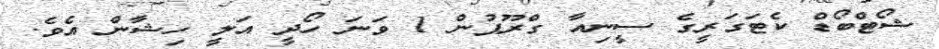
ޝޯޓްބޯޑް ކެޓަގަރީގެ ސީނިއާ ގްރޫޕުން 1 ވަނަ ހޯދީ އަލީ ހިޝާން އެވެ.